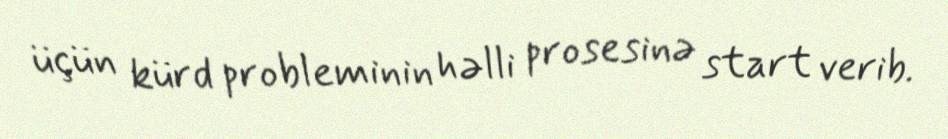
üçün kürd probleminin həlli prosesinə start verib.